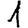
Digit: 1